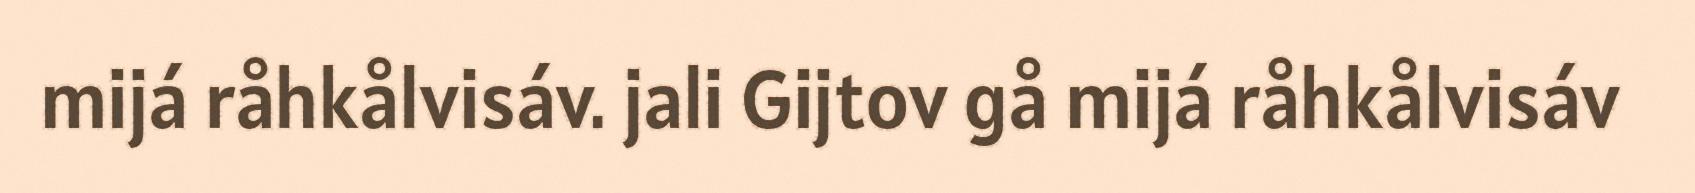
mijá råhkålvisáv. jali Gijtov gå mijá råhkålvisáv